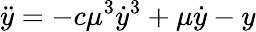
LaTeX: \ddot{y}=-c\mu^{3}\dot{y}^{3}+\mu\dot{y}-y